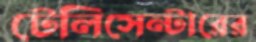
টেলিসেন্টারের